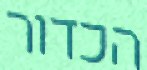
הכדור